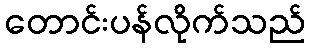
တောင်းပန်လိုက်သည်